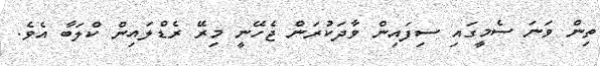
ތިން ވަނަ ސެމީގައި ސިފައިން ވާދަކުރަން ޖެހޭނީ މިރޭ ރެޑްލައިން ކްލަބާ އެވެ.